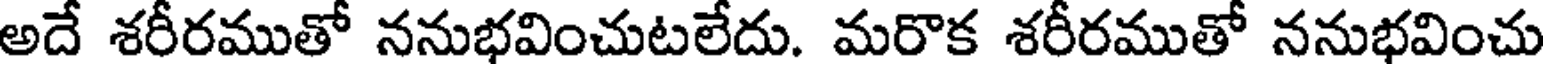
అదే శరీరముతో ననుభవించుటలేదు. మరొక శరీరముతో ననుభవించు